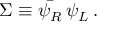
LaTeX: \Sigma \equiv \bar { \psi _ { R } } \, \psi _ { L } \, .